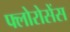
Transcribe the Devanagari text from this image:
फ्लोरोसेंस